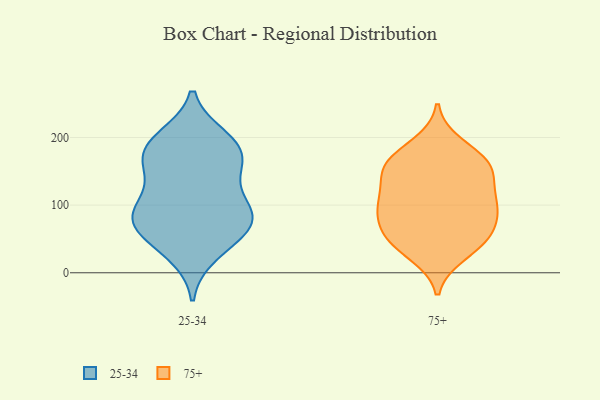
{"axis": {"x": "Latency (ms)", "y": "Value"}, "legend": ["25-34", "75+"], "data": [{"x": "", "y": 45, "type": "25-34"}, {"x": "", "y": 75, "type": "25-34"}, {"x": "", "y": 161, "type": "25-34"}, {"x": "", "y": 192, "type": "25-34"}, {"x": "", "y": 107, "type": "25-34"}, {"x": "", "y": 186, "type": "25-34"}, {"x": "", "y": 199, "type": "25-34"}, {"x": "", "y": 183, "type": "25-34"}, {"x": "", "y": 147, "type": "25-34"}, {"x": "", "y": 155, "type": "25-34"}, {"x": "", "y": 91, "type": "25-34"}, {"x": "", "y": 81, "type": "25-34"}, {"x": "", "y": 84, "type": "25-34"}, {"x": "", "y": 85, "type": "25-34"}, {"x": "", "y": 60, "type": "25-34"}, {"x": "", "y": 28, "type": "25-34"}, {"x": "", "y": 161, "type": "75+"}, {"x": "", "y": 157, "type": "75+"}, {"x": "", "y": 50, "type": "75+"}, {"x": "", "y": 100, "type": "75+"}, {"x": "", "y": 40, "type": "75+"}, {"x": "", "y": 56, "type": "75+"}, {"x": "", "y": 95, "type": "75+"}, {"x": "", "y": 155, "type": "75+"}, {"x": "", "y": 28, "type": "75+"}, {"x": "", "y": 81, "type": "75+"}, {"x": "", "y": 58, "type": "75+"}, {"x": "", "y": 167, "type": "75+"}, {"x": "", "y": 105, "type": "75+"}, {"x": "", "y": 149, "type": "75+"}, {"x": "", "y": 124, "type": "75+"}, {"x": "", "y": 189, "type": "75+"}, {"x": "", "y": 98, "type": "75+"}]}